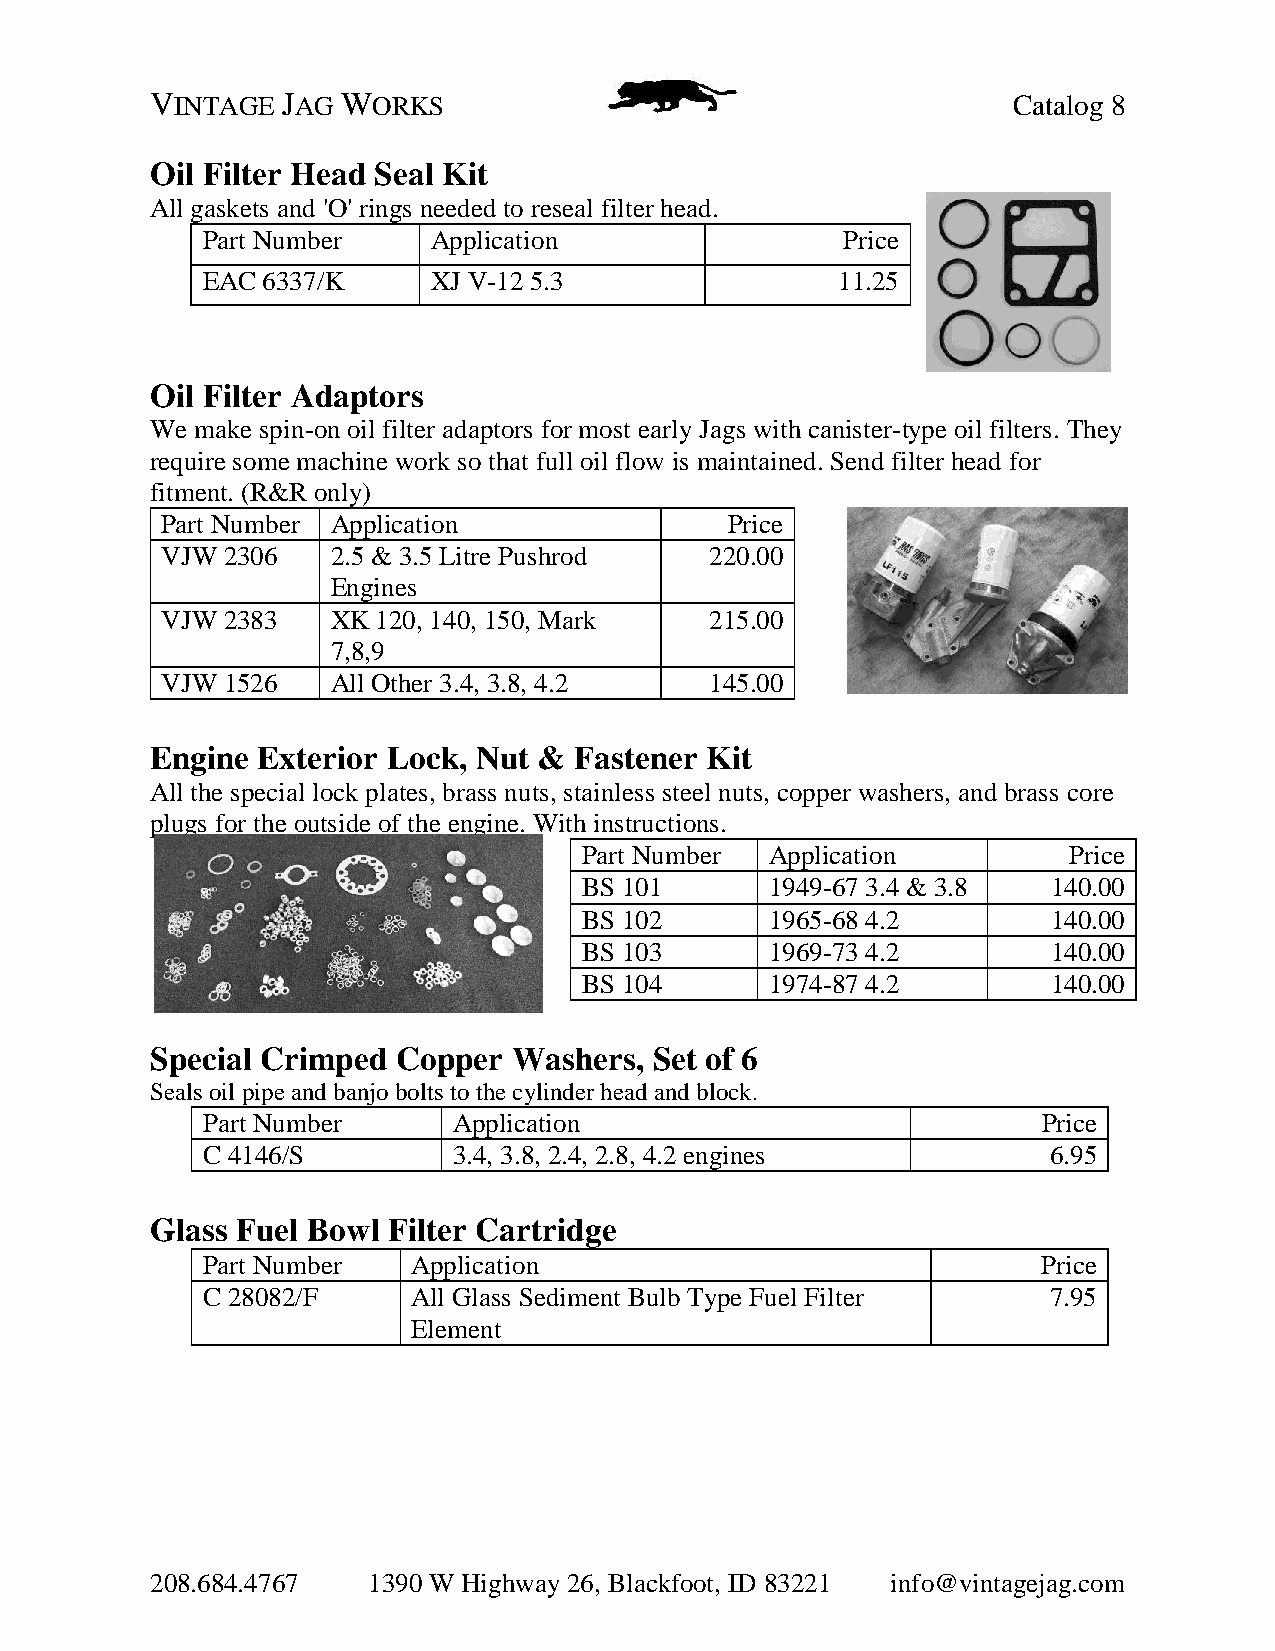
VINTAGE  JAG WORKS                                       Catalog 8
 Oil Filter Head Seal Kit
 All gaskets and 'O' rings needed to reseal filter head.
 Part Number     Application                Price
 EAC 6337/K      XJ V-12 5.3               11.25
 Oil Filter Adaptors
 We make spin-on oil filter adaptors for most early Jags with canister-type oil filters. They
 require some machine work so that full oil flow is maintained. Send filter head for
 fitment. (R&R only)
 Part Number Application              Price
 VJW 2306   2.5 & 3.5 Litre Pushrod  220.00
 Engines
 VJW 2383   XK 120, 140, 150, Mark   215.00
 7,8,9
 VJW 1526   All Other 3.4, 3.8, 4.2  145.00
 Engine Exterior Lock, Nut & Fastener Kit
 All the special lock plates, brass nuts, stainless steel nuts, copper washers, and brass core
 plugs for the outside of the engine. With instructions.
 Part Number Application         Price
 BS 101      1949-67 3.4 & 3.8  140.00
 BS 102      1965-68 4.2        140.00
 BS 103      1969-73 4.2        140.00
 BS 104      1974-87 4.2        140.00
 Special Crimped Copper  Washers, Set of 6
 Seals oil pipe and banjo bolts to the cylinder head and block.
 Part Number      Application                            Price
 C 4146/S         3.4, 3.8, 2.4, 2.8, 4.2 engines         6.95
 Glass Fuel Bowl Filter Cartridge
 Part Number   Application                               Price
 C 28082/F     All Glass Sediment Bulb Type Fuel Filter  7.95
 Element
 208.684.4767  1390 W Highway 26, Blackfoot, ID 83221 info@vintagejag.com